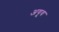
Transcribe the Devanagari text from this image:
अयूव